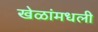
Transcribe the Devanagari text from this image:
खेळांमधली